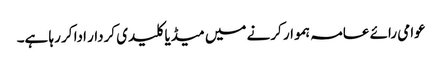
عوامی رائے عامہ ہموار کرنے میں میڈیا کلیدی کردار ادا کر رہا ہے۔